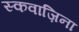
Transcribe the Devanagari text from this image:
स्कवाज़िना